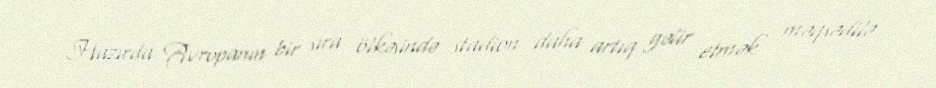
Hazırda Avropanın bir sıra ölkəsində stadion daha artıq gəlir etmək məqsədilə